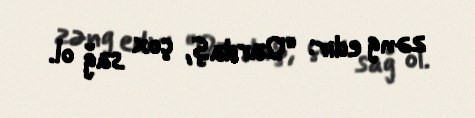
zəng edir: “Qardaş, çox sağ ol.